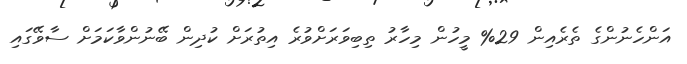
އަންހެނުންގެ ތެރެއިން 29% މީހުން މިހާރު ތިބިވަރަށްވުރެ އިތުރަށް ކުދިން ބޭނުންވާކަމަށް ސާވޭގައި